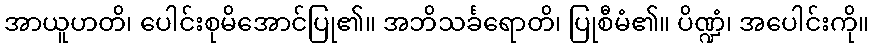
အာယူဟတိ၊ ပေါင်းစုမိအောင်ပြု၏။ အဘိသင်္ခရောတိ၊ ပြုစီမံ၏။ ပိဏ္ဍံ၊ အပေါင်းကို။